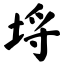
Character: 埒